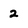
Character: 2